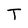
Character: T